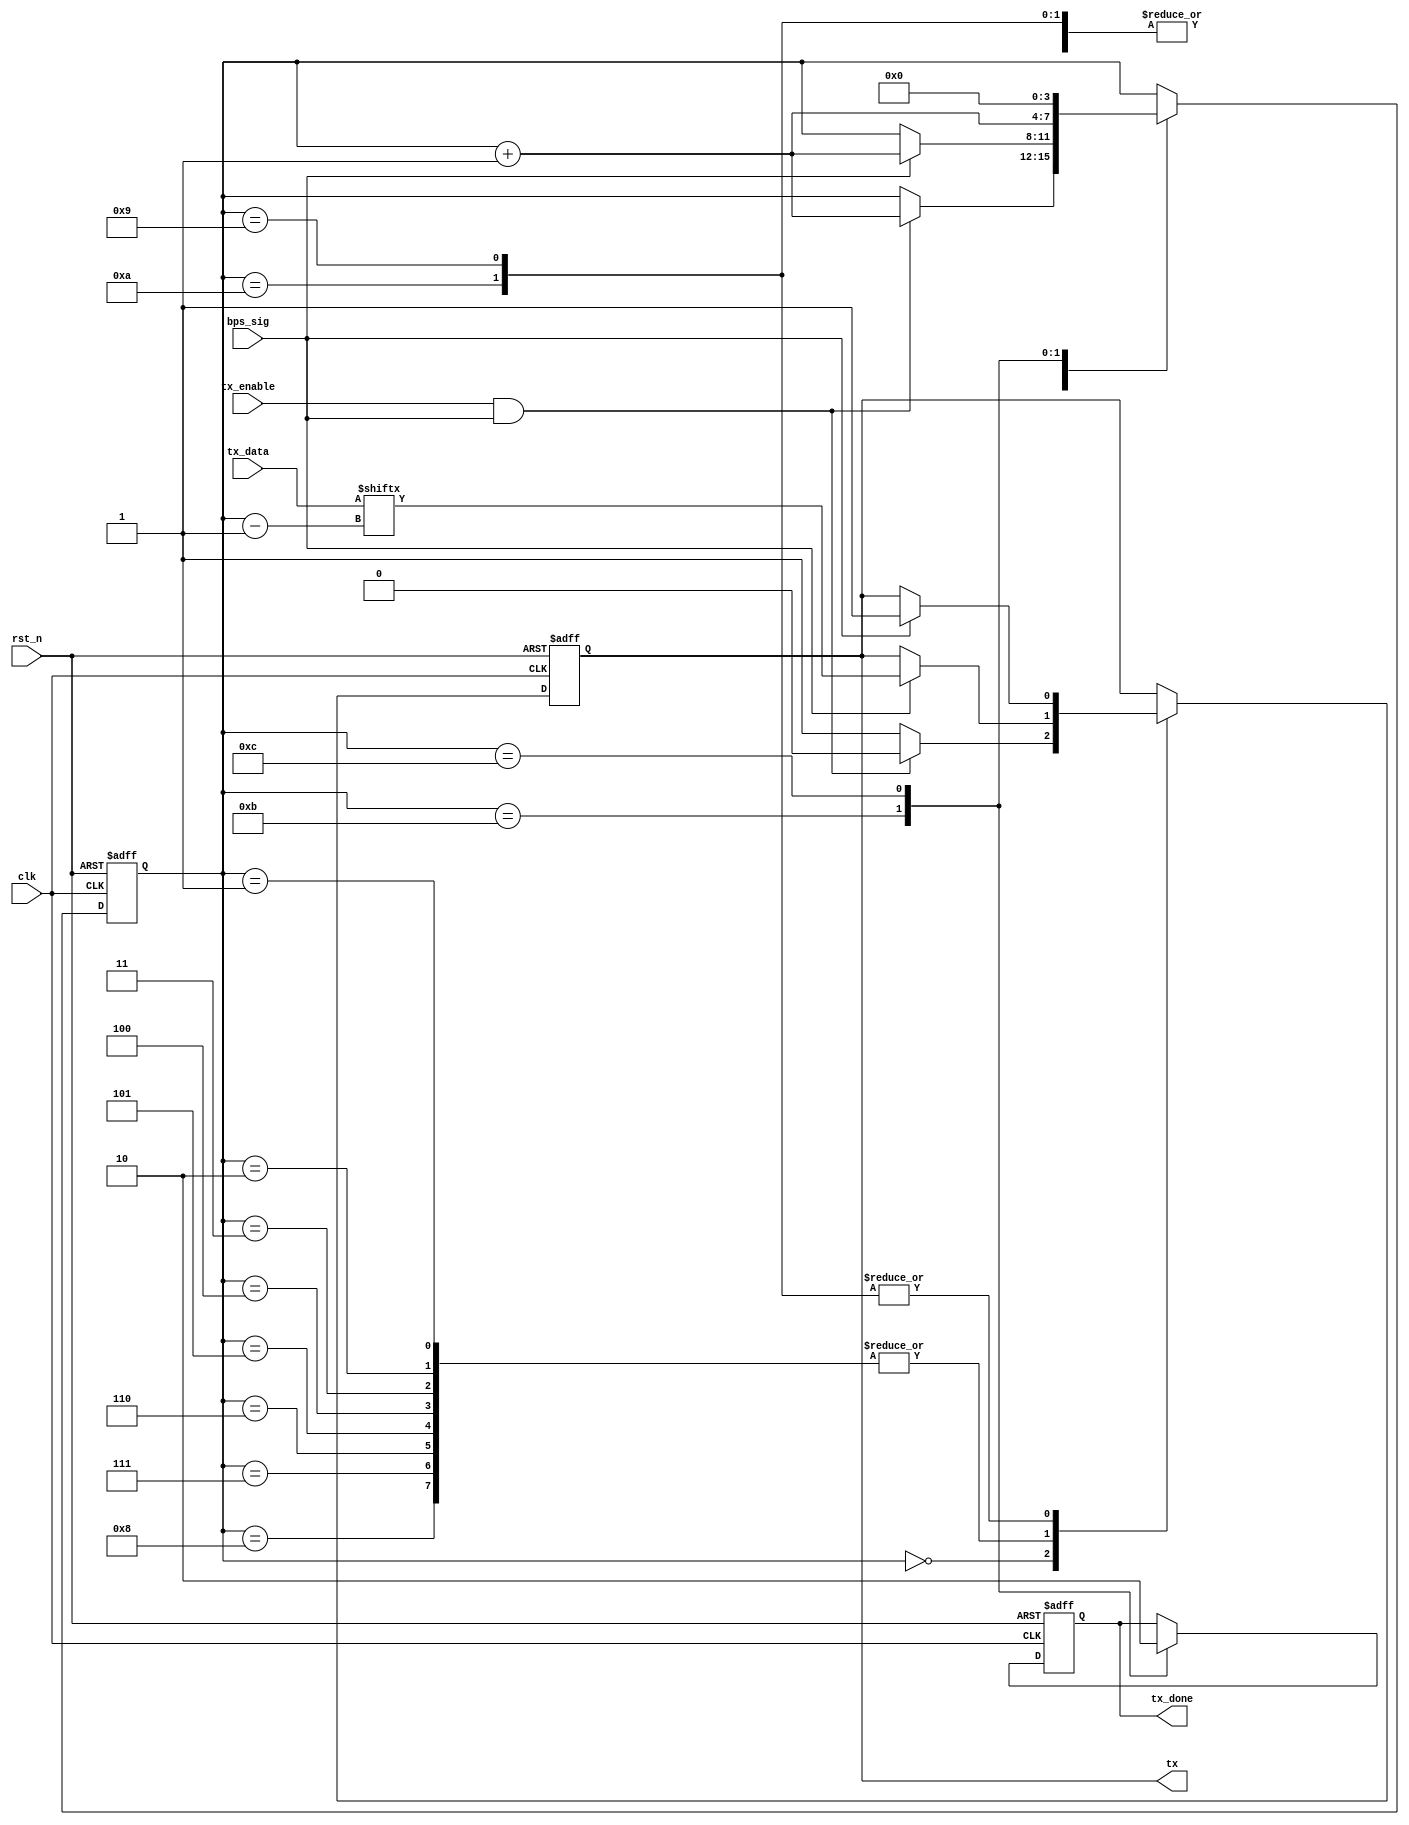
`timescale 1ns / 1ps
//////////////////////////////////////////////////////////////////////////////////
// Company: 
// Engineer: 
// 
// Design Name: 
// Module Name:    uart_sentdata 
// Project Name: 
// Target Devices: 
// Tool versions: 
// Description: 
//
// Dependencies: 
//
// Revision: 
// Revision 0.01 - File Created
// Additional Comments: 
//
//////////////////////////////////////////////////////////////////////////////////

module uart_sentdata(
							 input clk,
							 input rst_n,
							 input [7:0]tx_data,
							 input tx_enable,
							 input bps_sig,
							 output reg tx,
							 output reg tx_done
    );
    
    reg [3:0]stata;
    
    always@(posedge clk or negedge rst_n)
    begin
       if(!rst_n)
       begin
          stata <= 4'd0;
          tx <= 1'b1;
          tx_done <= 1'b0;
       end
       else 
       begin
          case(stata)
          0: if(tx_enable & bps_sig)
             begin
                stata <= stata + 1'b1;
                tx <= 1'b0;
             end
             else
             begin
                stata <= stata;
                tx <= 1'b1;
             end
           1,2,3,4,5,6,7,8: if(bps_sig)
                            begin
                               tx <= tx_data[stata - 1'b1];
                               stata <= stata + 1'b1;
                            end
                            else
                            begin
                               stata <= stata;
                               tx <= tx;
                            end
           9,10: if(bps_sig)
                 begin
                    stata <= stata + 1'b1;
                    tx <= 1'b1;
                 end
           11: begin
                  stata <= stata + 1'b1;
                  tx_done <= 1'b1;
               end
           12: begin
                  stata <= 1'b0;
                  tx_done <= 1'b0;
               end
           endcase
       end
    end

endmodule